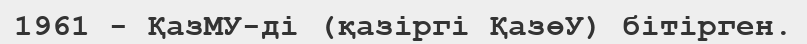
1961 - ҚазМУ-ді (қазіргі ҚазөУ) бітірген.